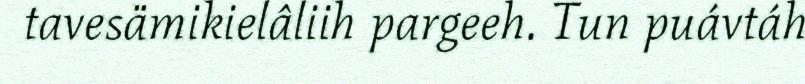
tavesämikielâliih pargeeh. Tun puávtáh